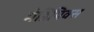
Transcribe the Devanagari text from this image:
मेडिपिक्स